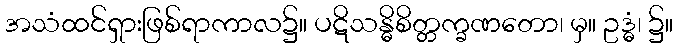
အသံထင်ရှားဖြစ်ရာကာလ၌။ ပဋိသန္ဓိစိတ္တက္ခဏတော၊ မှ။ ဥဒ္ဓံ၊ ၌။